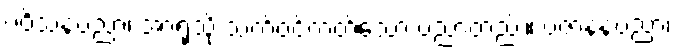
ပဝိသနပညာ၊ အာရုံသို့ သက်ဝင်တတ်သော ပညာတည်း။ ပဇာနနပညာ၊